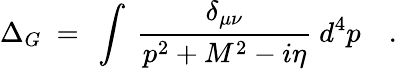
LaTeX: \Delta_{G}~=~\int~{\frac{\delta_{\mu\nu}}{p^{2}+M^{2}-i\eta}}~d^{4}p\quad.